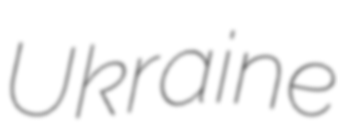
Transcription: Ukraine